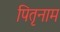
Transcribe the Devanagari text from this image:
पितृनाम